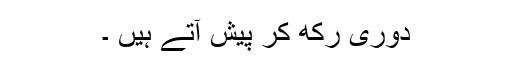
دوری رکھ کر پیش آتے ہیں ۔